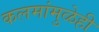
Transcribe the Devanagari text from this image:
कलमांमुळेही